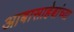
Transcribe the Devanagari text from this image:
आबासाहेबांच्या